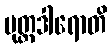
ပုတ္တဒါရောတိ